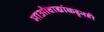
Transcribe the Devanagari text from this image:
माओवाद्यांकडूनही